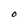
Character: O